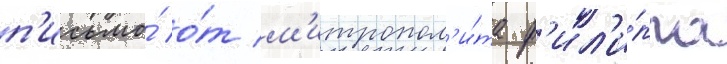
п'исьмо́ о́т м'итропол'и́та ф'ил'и́ппа